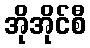
အိုအိုင်စီ